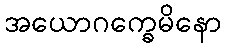
အယောဂက္ခေမိနော